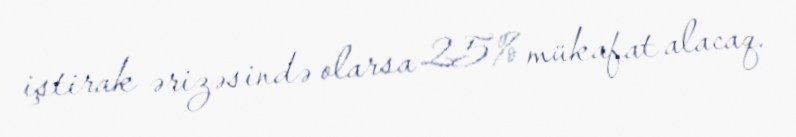
iştirak ərizəsində olarsa 25% mükafat alacaq.